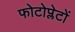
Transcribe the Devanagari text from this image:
फोटोप्लेटों